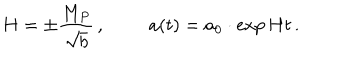
H = \pm \frac { M _ { P } } { \sqrt { b } } \, , \, \, \, \, \, \, \, \, \, \, \, \, \, \, a ( t ) = a _ { 0 } \cdot \exp { H t } \, .